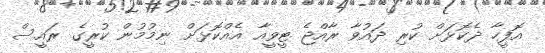
އޮފީހާ ދެކޮޅަށް ކުރި ދައުވާ ރާއްޖެ ޓީވީއާ އެއްކޮޅަށް ނިމުމުން ކުރީގެ ރައީސް